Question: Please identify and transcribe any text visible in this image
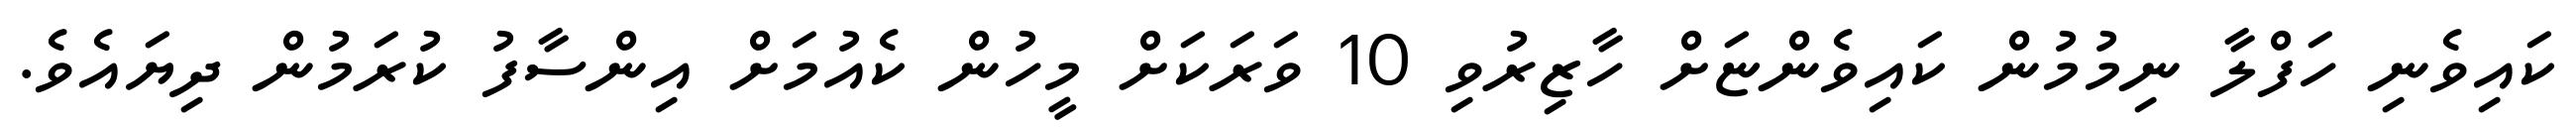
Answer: ކައިވެނި ހަފްލާ ނިމުމުން ކައިވެންޏަށް ހާޒިރުވި 10 ވަރަކަށް މީހުން ކެއުމަށް އިންސާފު ކުރަމުން ދިޔައެވެ.